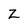
Character: z